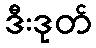
ဒီးဒုတ်